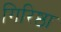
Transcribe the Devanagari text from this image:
गिरिष्ठा